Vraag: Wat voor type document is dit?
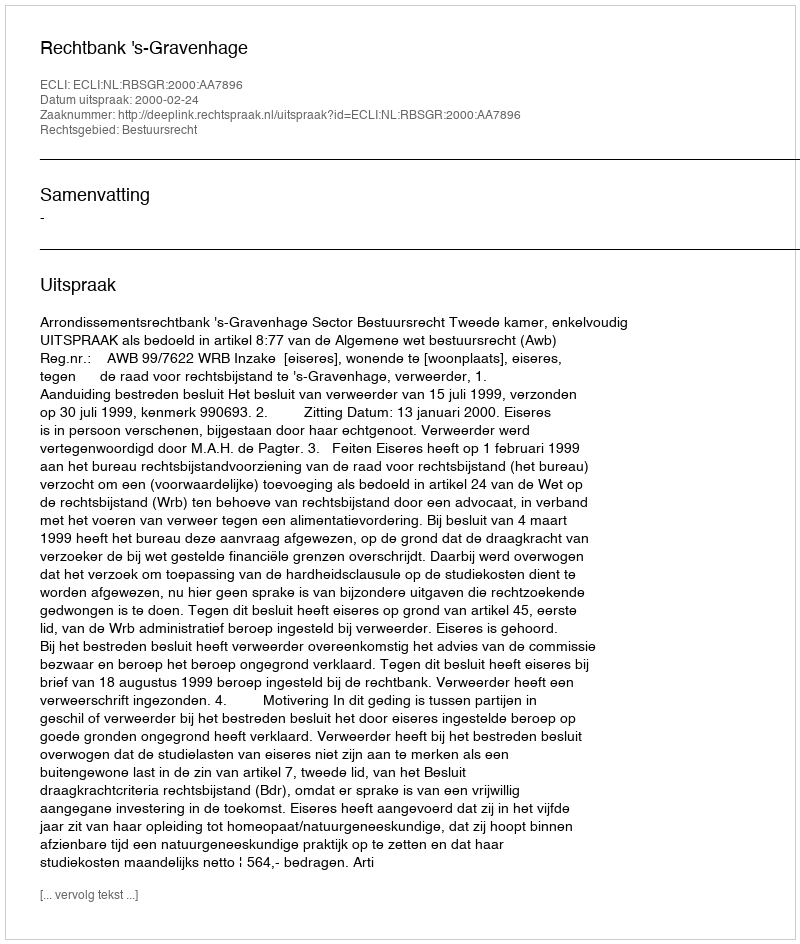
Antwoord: Uitspraak